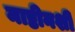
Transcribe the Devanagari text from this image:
माष्टीनशी